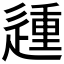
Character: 𰻈